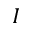
I